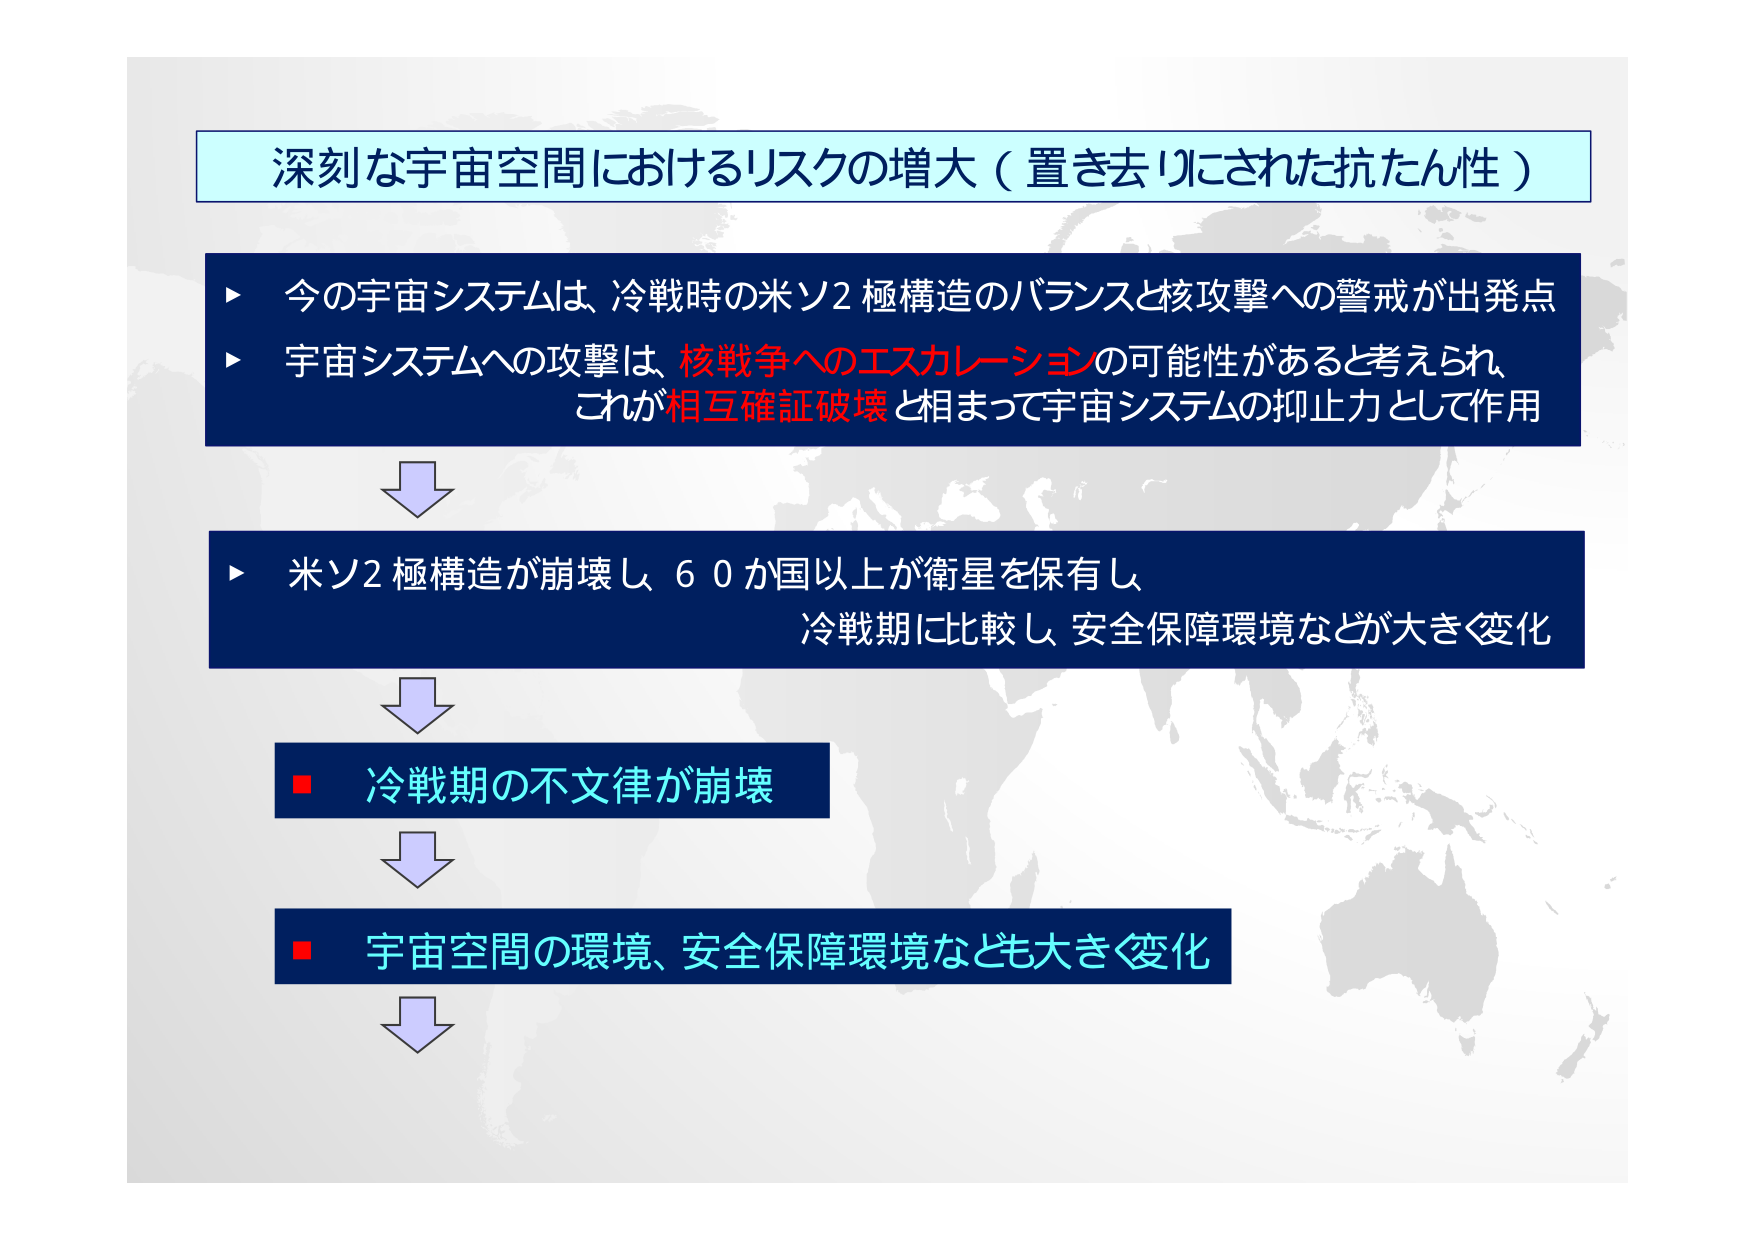
深刻な宇宙空間におけるリスクの増大（置き去りにされた抗たん性）

▶ 今の宇宙システムは、冷戦時の米ソ2極構造のバランスと核攻撃への警戒が出発点
▶ 宇宙システムへの攻撃は、核戦争へのエスカレーションの可能性があると考えられ、
　これが相互確証破壊と相まって宇宙システムの抑止力として作用

▶ 米ソ2極構造が崩壊し、60か国以上が衛星を保有し、
　冷戦期に比較し安全保障環境などが大きく変化

■ 冷戦期の不文律が崩壊

■ 宇宙空間の環境、安全保障環境なども大きく変化